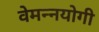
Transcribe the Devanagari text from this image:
वेमन्नयोगी